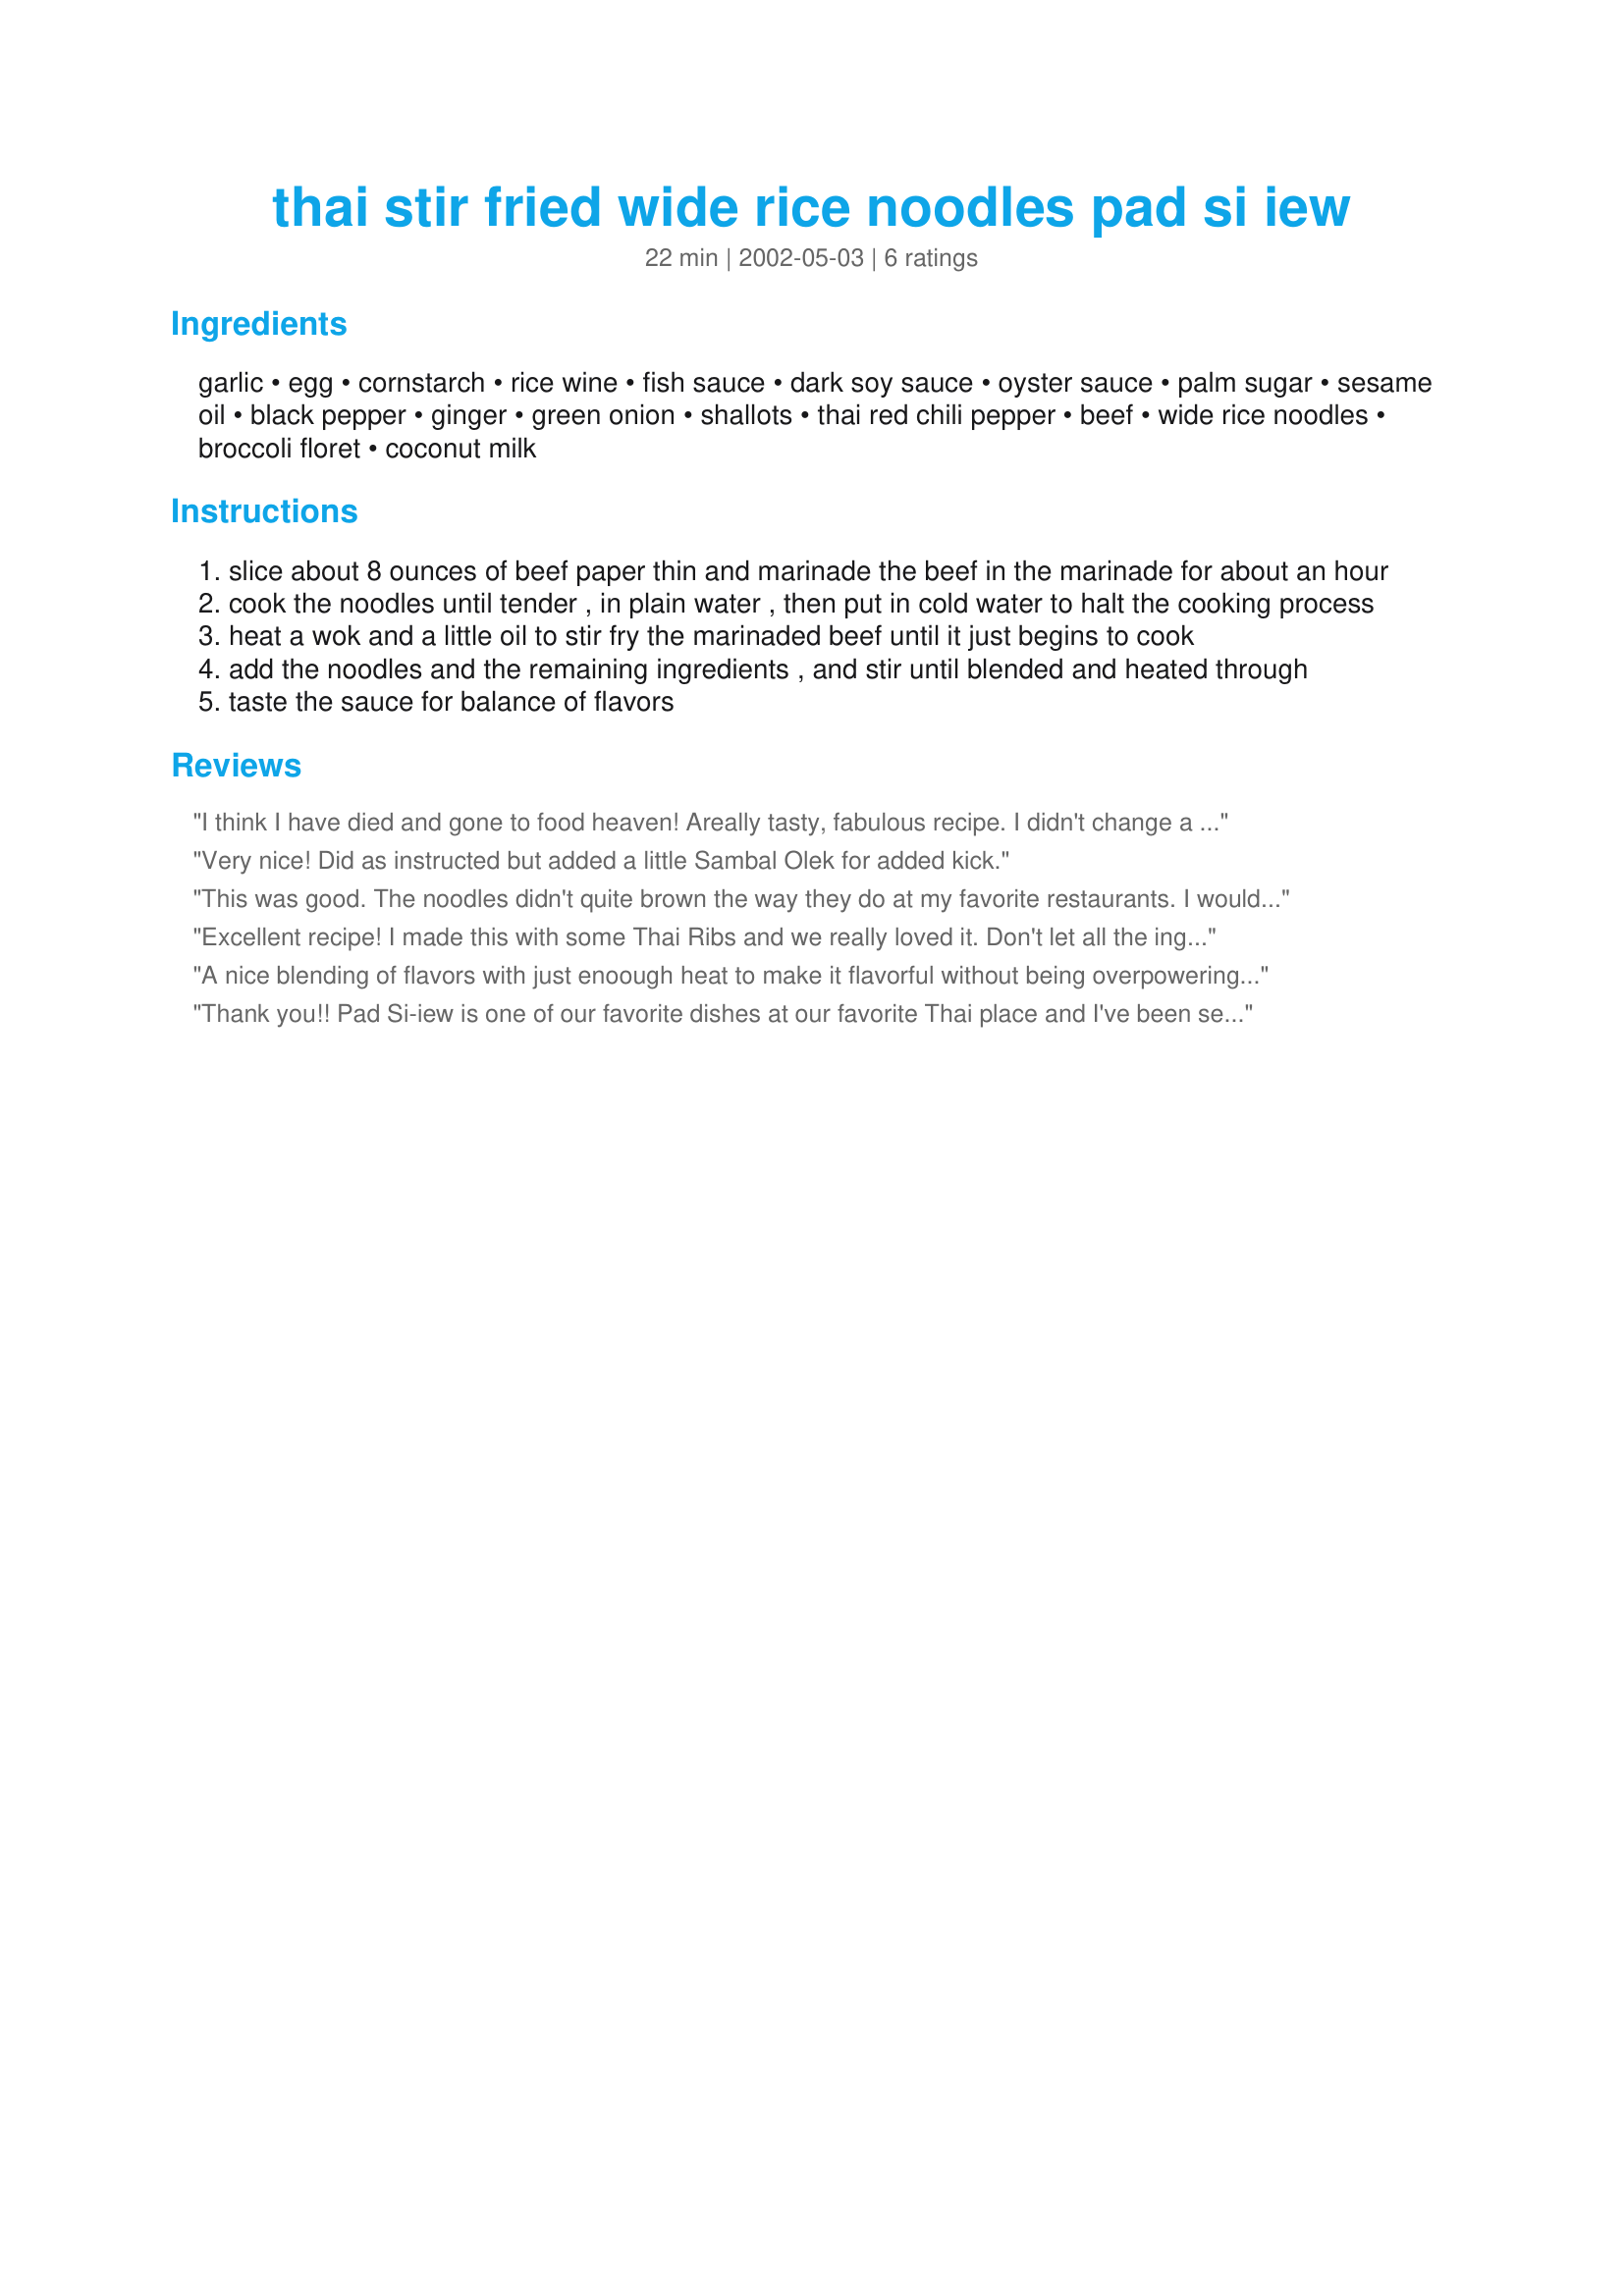
thai stir fried wide rice noodles pad si iew
Preparation time: 22 minutes

Ingredients:
garlic, egg, cornstarch, rice wine, fish sauce, dark soy sauce, oyster sauce, palm sugar, sesame oil, black pepper, ginger, green onion, shallots, thai red chili pepper, beef, wide rice noodles, broccoli floret, coconut milk

Steps:
slice about 8 ounces of beef paper thin and marinade the beef in the marinade for about an hour
cook the noodles until tender , in plain water , then put in cold water to halt the cooking process
heat a wok and a little oil to stir fry the marinaded beef until it just begins to cook
add the noodles and the remaining ingredients , and stir until blended and heated through
taste the sauce for balance of flavors

Reviews:
I think I have died and gone to food heaven! Areally tasty, fabulous recipe. I didn't change a thing.I was a wee bit heavy with the hot pepper (love it hot) Thanks for another one Dancer
Very nice! Did as instructed but added a little Sambal Olek for added kick.
This was good. The noodles didn't quite brown the way they do at my favorite restaurants. I would have liked it spicier. I didn't add the coconut milk at the end, but it says that is optional. Nice rich flavor, though.
Excellent recipe! I made this with some Thai Ribs and we really loved it. Don't let all the ingredients scare you. It goes together quickly, and after all a good recipe is worth a few minutes to prepare! I will definately be passing this on to my friends, and having it often at my house.
A nice blending of flavors with just enoough heat to make it flavorful without being overpowering. I used eye of round that was partially frozen. This made slicing the meat much easier. I did use the coconut milk because without it, I think it would have been dry. I took Roosie's lead and steamed the broccoli until crisp tender. I added about 4 green onions cut into 1 inch pieces when adding the meat. This made 3 servings for our family dinner. DH and DS both loved it! Thanks.
Thank you!! Pad Si-iew is one of our favorite dishes at our favorite Thai place and I've been searching to find ways to make my own. This was absolutely fantastic. We did not add the coconut milk, but added a drop of cream, but I think it would be best with the coconut milk- it needs a bit of creaminess. I followed the recipe just about exactly- I used flank steak for the beef and used a little more broccoli than the recipe calls for (maybe 1.5-2c) and added a chopped red bell pepper. The recipe doesn't say how to cook the broccoli and I was really scared that if I cooked the beef, then added the broccoli that the beef would get really overdone. So I just steamed the broccoli until almost done, then added it with the sauce ingredients. Absolutely delicous- I will definitely make again. Just one more thing, though: This makes A LOT. I would say it has 6 servings when prepared as described, not 2. But this is definitely not a bad thing. I am looking forward to leftovers tomorrow. Thanks for posting- this is a great one.
